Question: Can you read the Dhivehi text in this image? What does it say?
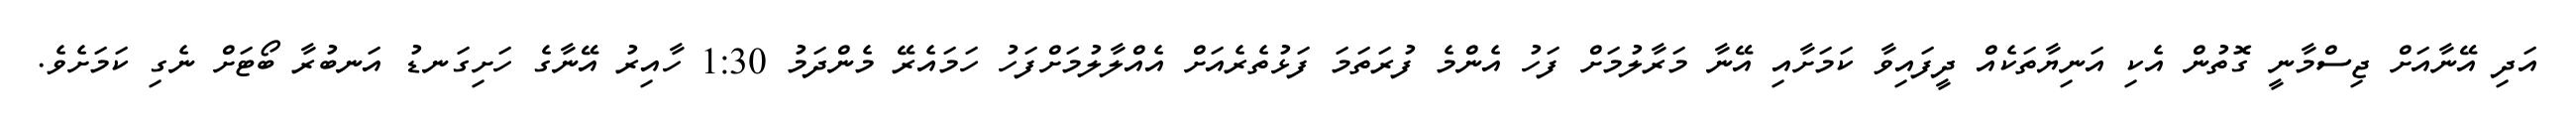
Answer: އަދި އޭނާއަށް ޖިސްމާނީ ގޮތުން އެކި އަނިޔާތަކެއް ދީފައިވާ ކަމަށާއި އޭނާ މަރާލުމަށް ފަހު އެންމެ ފުރަތަމަ ފަޅުތެރެއަށް އެއްލާލުމަށްފަހު ހަމައެރޭ މެންދަމު 1:30 ހާއިރު އޭނާގެ ހަށިގަނޑު އަނބުރާ ބޯޓަށް ނެގި ކަމަށެވެ.